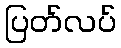
ပြတ်လပ်